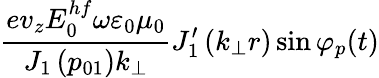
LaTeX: \frac{ev_{z}E_{0}^{hf}\omega\varepsilon_{0}\mu_{0}}{J_{1}\left(p_{01}\right)k_{\perp}}J_{1}^{\prime}\left(k_{\perp}r\right)\sin\varphi_{p}(t)